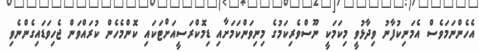
އެހެންނަމަވެސް އެމަނިކުފާނު ވިދާޅުވީ މިކަމަކީ ނޫސްވެރިކަމުގެ މިނިވަންކަމަށާއި ޑިމޮކްރަސީއަށްޓަކައި ކޮންމެހެން ކުރައްވަން ޖެހިވަޑައިގެންނެވި